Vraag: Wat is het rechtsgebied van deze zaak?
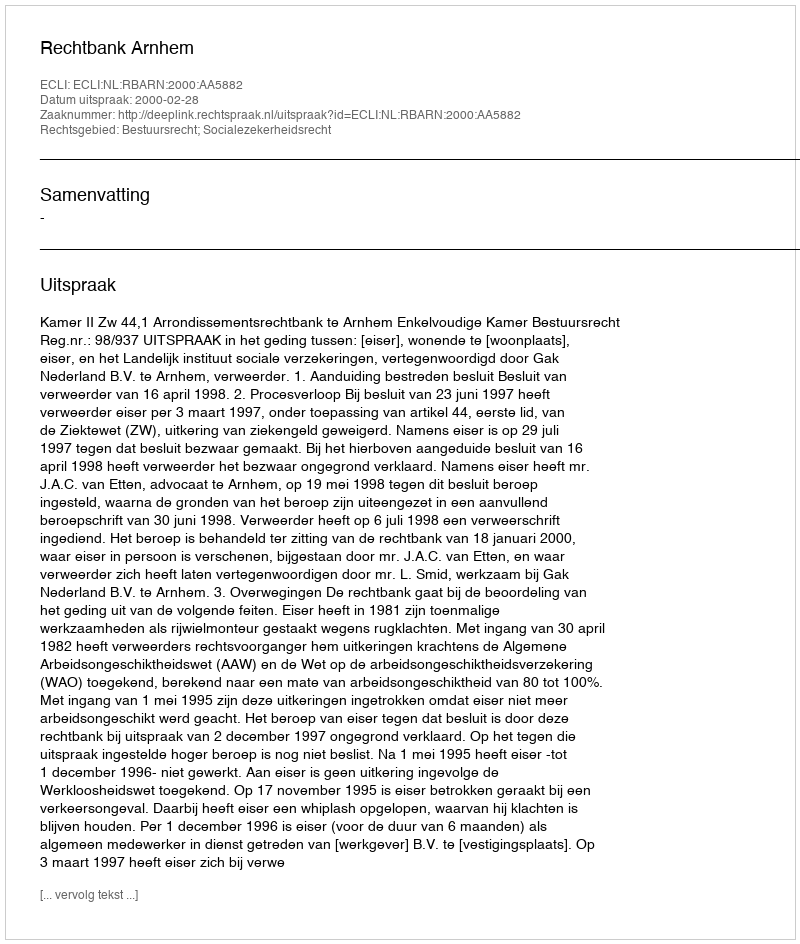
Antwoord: Bestuursrecht; Socialezekerheidsrecht